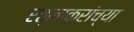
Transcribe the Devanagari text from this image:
रत्नाकरांच्या